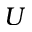
U